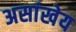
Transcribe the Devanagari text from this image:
असांखेय